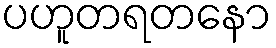
ပဟူတရတနော